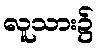
လူသား၌